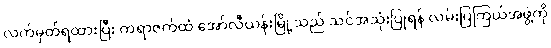
လက်မှတ်ရထားပြီး ကရာဇက်ထံ အော်လီယန်းမြို့သည် သင်အသုံးပြုရန် လမ်းပြကြယ်အဖွဲ့ကို